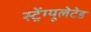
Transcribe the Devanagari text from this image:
स्ट्रेंग्यूलेटेड